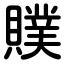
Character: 贌